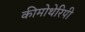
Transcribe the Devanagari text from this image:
कीमोथेरिपी